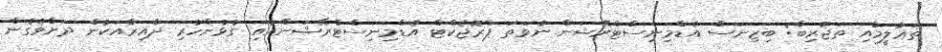
ތަޢުލީމާއި ތަޖުރިބާ: ބިޒިނަސް އެޑްމިނިސްޓްރޭޝަން ނުވަތަ ޕްރޮޖެކްޓް އެޑްމިނިސްޓްރޭޝަންއާއި ގުޅުންހުރި ދާއިރާއަކުން ދަށްވެގެން